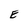
Character: E